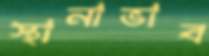
স্থানাভাব